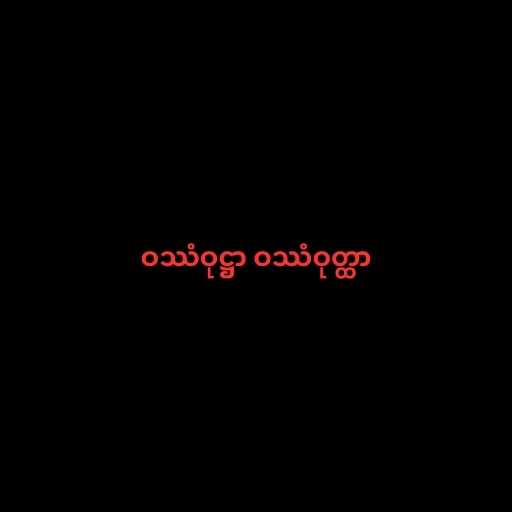
ဝဿံဝုဋ္ဌာ ဝဿံဝုတ္ထာ